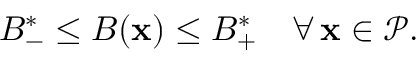
B _ { - } ^ { * } \le B ( \mathbf { x } ) \le B _ { + } ^ { * } \quad \forall \, \mathbf { x } \in \mathcal { P } .